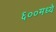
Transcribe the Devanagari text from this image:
६००मध्ये